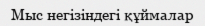
Мыс негізіндегі құймалар